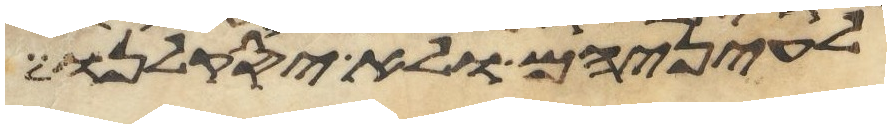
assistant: לעיניהם ולא יסקלנו